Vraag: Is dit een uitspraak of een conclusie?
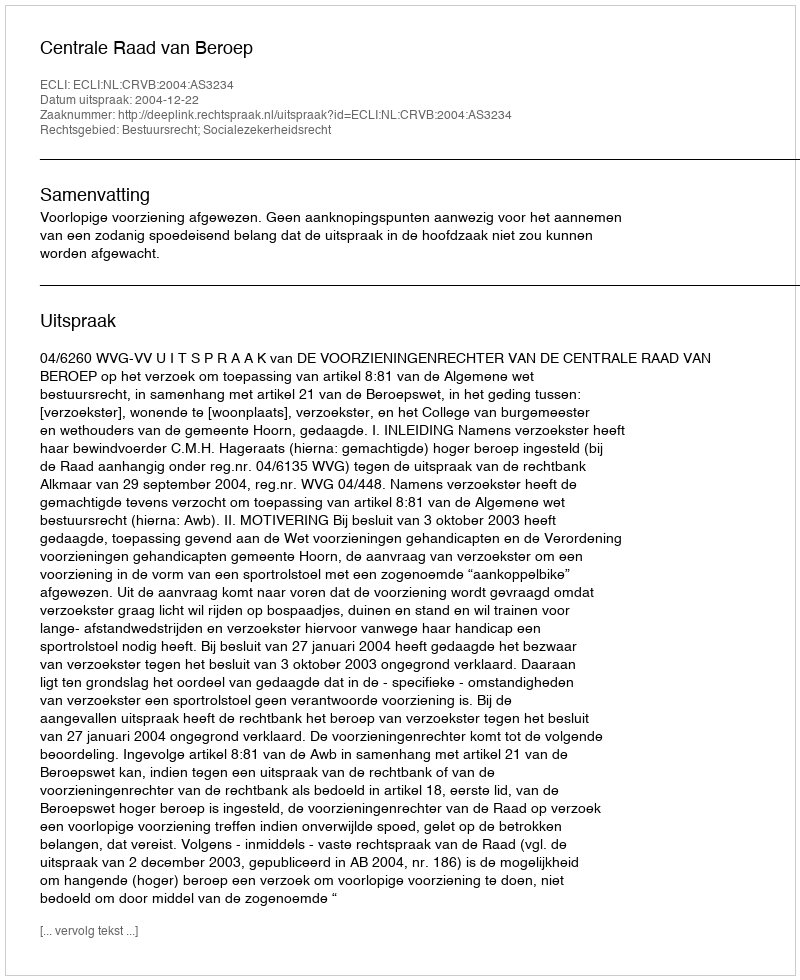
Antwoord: Uitspraak